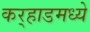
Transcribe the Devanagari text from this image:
कर्‍हाडमध्ये